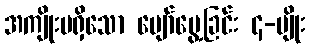
အကျိုးမရှိသော ပျော်မွေ့ခြင်း ၄-မျိုး